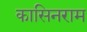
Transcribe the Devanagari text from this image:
कासिनराम